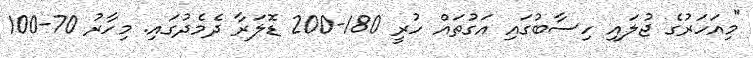
"މިއަހަރުގެ ޖުލައި ހިސާބުގައި އަގުތައް ހުރީ 180-200 ޑޮލަރާ ދެމެދުގައި. މިހާރު 70-100